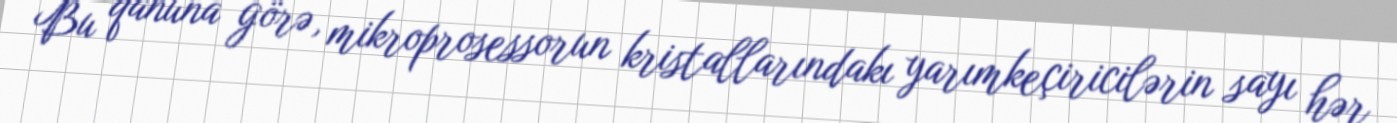
Bu qanuna görə, mikroprosessorun kristallarındakı yarımkeçiricilərin sayı hər